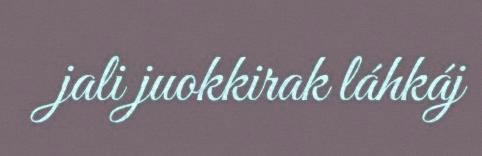
jali juokkirak láhkáj